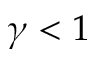
\gamma < 1